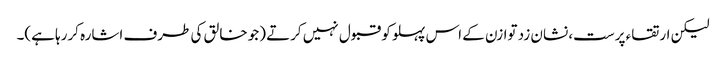
لیکن ارتقاء پرست، نشان زد توازن کے اس پہلو کو قبول نہیں کرتے (جو خالق کی طرف اشارہ کررہا ہے)۔